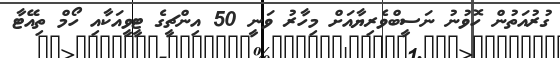
ގުރުއަތުން ހޮވުނު ނަސީބްވެރިޔާއަށް މިހާރު ވަނީ 50 އިންޗީގެ ޓީވީއަކާއި ހޯމް ތިއޭޓާ